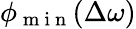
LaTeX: \phi_{\mathrm{~m~i~n~}}(\Delta\omega)